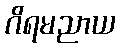
ဂိရမညာယ